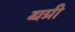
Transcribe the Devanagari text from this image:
द्व्यग्री